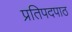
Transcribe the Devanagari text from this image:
प्रतिपदपाठ